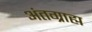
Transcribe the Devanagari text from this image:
अंतग्राह्म